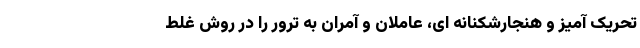
تحریک آمیز و هنجارشکنانه ای، عاملان و آمران به ترور را در روش غلط